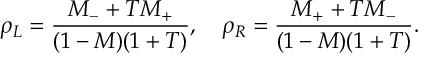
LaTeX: \rho _ { L } = \frac { M _ { - } + T M _ { + } } { ( 1 - M ) ( 1 + T ) } , \quad \rho _ { R } = \frac { M _ { + } + T M _ { - } } { ( 1 - M ) ( 1 + T ) } .